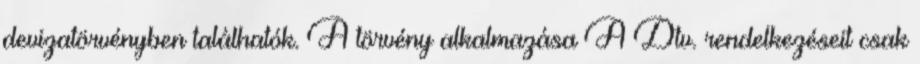
devizatörvényben találhatók. A törvény alkalmazása A Dtv. rendelkezéseit csak